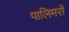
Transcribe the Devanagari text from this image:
पालिमरों